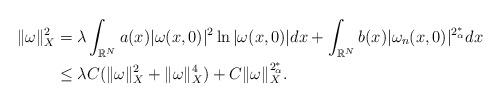
LaTeX: \begin{align*}\|\omega\|_X^2&=\lambda\displaystyle\int_{\mathbb{R}^N}a(x)|\omega(x,0)|^2\ln|\omega(x,0)|dx+\displaystyle\int_{\mathbb{R}^N}b(x)|\omega_n(x,0)|^{2_\alpha^*}dx\\&\leq\lambda C(\|\omega\|_X^2+\|\omega\|_X^4)+C\|\omega\|_X^{2_\alpha^*}.\end{align*}